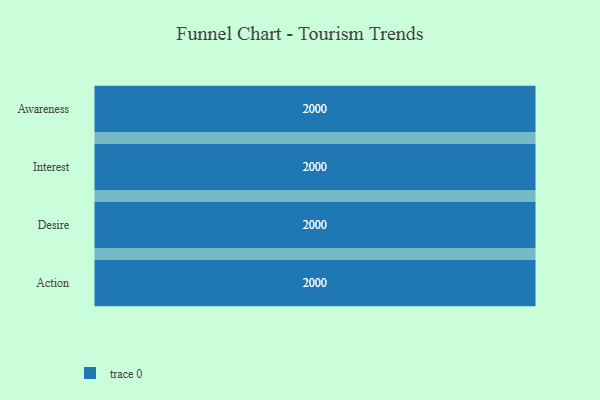
{"axis": {"x": "Stage", "y": "Value"}, "legend": [""], "data": [{"x": "Awareness", "y": 2000, "type": ""}, {"x": "Interest", "y": 2000, "type": ""}, {"x": "Desire", "y": 2000, "type": ""}, {"x": "Action", "y": 2000, "type": ""}]}